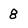
Character: 8